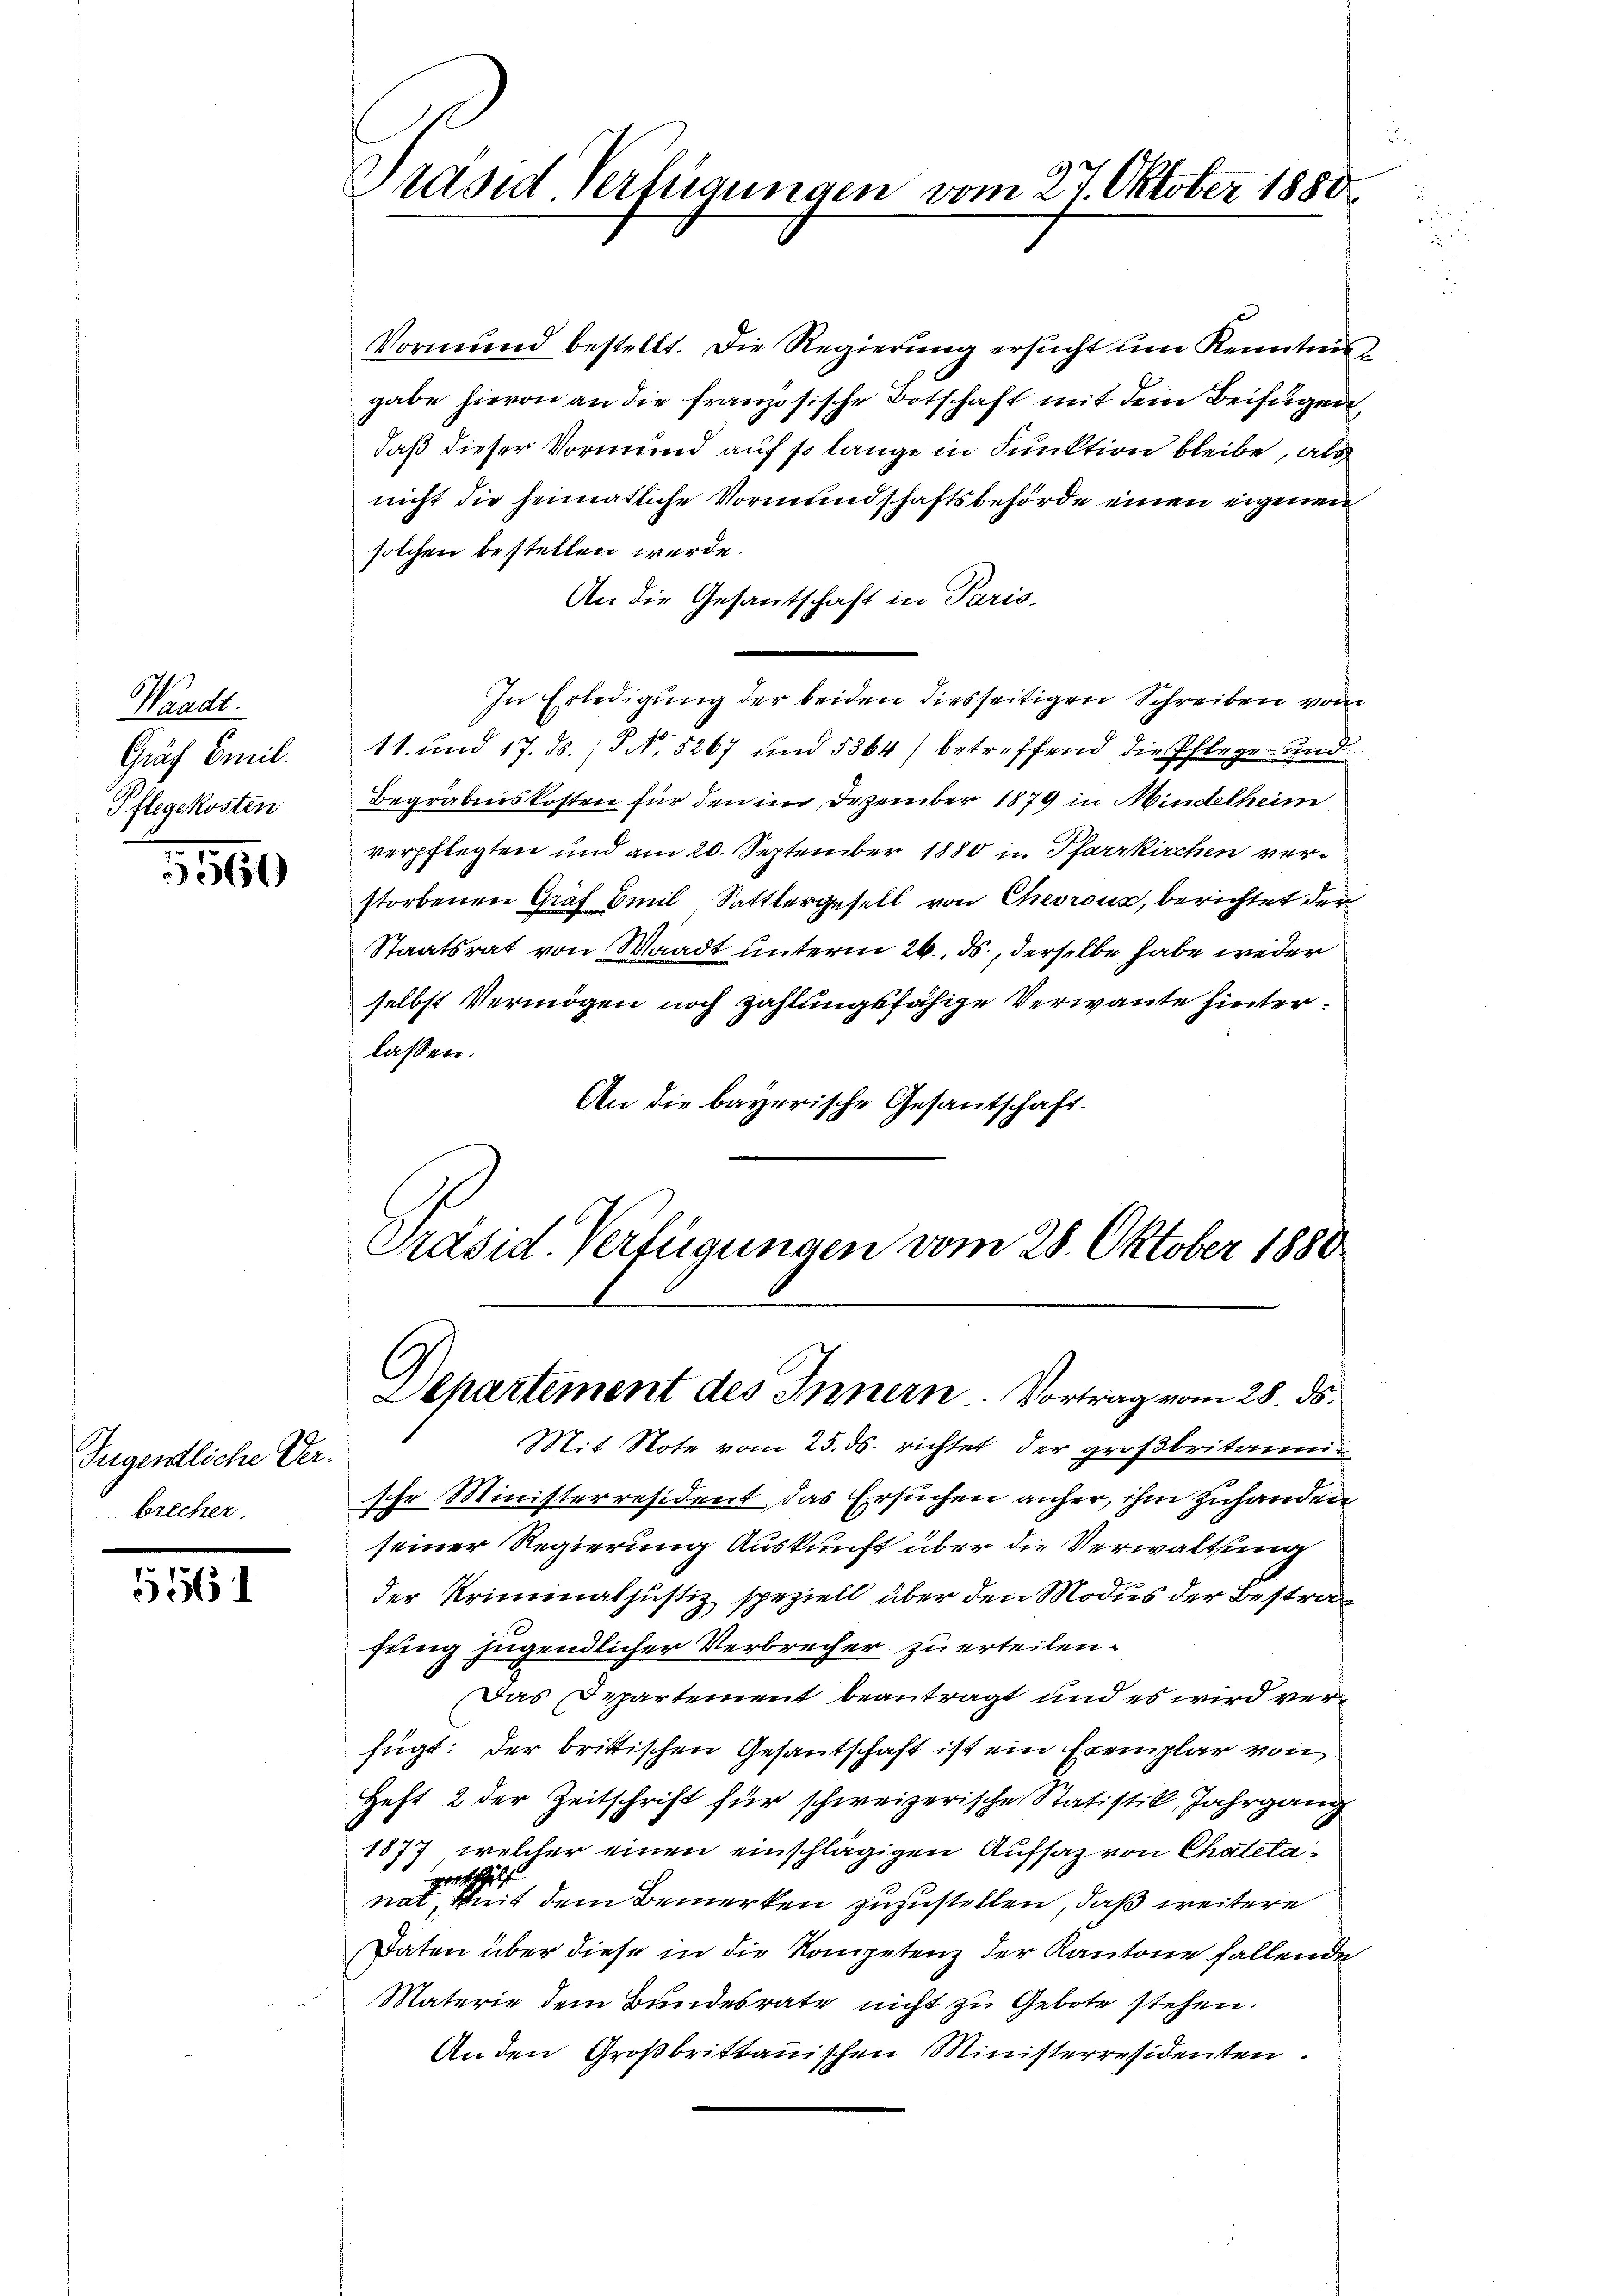
Waadt.
Gräf Emil
Pflegekosten.

5560

Jugentliche Ver-
brecher.

.

Präsid Verfügungen vom 27. Oktober 1880

Vormund bestellt. Die Regierung ersucht um Kenntnis
gabe hievon an die französische Botschaft mit dem Beifügen,
daß dieser Vormund auf so lange in Funktion bleibe, als
nicht die heimatliche Vormundschaftsbehörde einen eigenen
solchen bestellen werde.
An die Gesantschaft in Paris.
In Erledigung der beiden diesseitigen Schreiben vom
11. und 17. ds. / No. 5267 und 5564) betreffend die Pflege und
Begräbniskosten für den im Dezember 1879 in Mindelheim
verpflegten und am 20. September 1880 in Pfarrkirchen ver-
storbenen Graf Emil Sattlergesell von Chevrons, berichtet der
Staatsrat von Waadt unterm 26. ds., derselbe habe weder
selbst Vermögen noch zahlungsfähige Verwante hinterlassen.
An die bayerische Gesantschaft.
Präsid. Verfügungen vom 28. Oktober 1880

Departement des Innern. Vortrag vom 28. ds.

Mit Note vom 25. ds. richtet der großbritarii
sche Ministerresident das Ersuchen anher, ihm zuhanden
seiner Regierung Auskunft über die Verwaltung
der Kriminaljustiz speziell über den Modus der Bestrafung jugendlicher Verbrecher zu erteilen.
Das Departement beantragt und es wird verfügt: der britischen Gesantschaft ist ein Exemplar von
Heft 2 der Zeitschrift für schweizerische Statistik, Jahrgang
1877, welcher einen einschlägigen Aufsaz von Chatelagraschhelf
nat, mit dem Bemerken zuzustellen, daß weitere
Daten über diese in die Kompetenz der Kantone fallende
Materie dem Bundesrate nicht zu Gebote stehen.
An den Großbrittanischen Ministerresidenten.